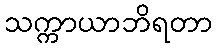
သက္ကာယာဘိရတာ